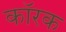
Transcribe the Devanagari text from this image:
कॉरक